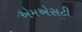
એમએસટી